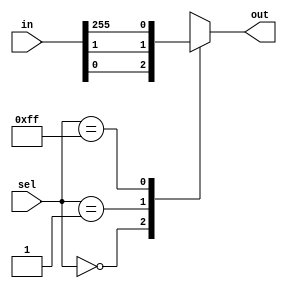
module mux_256to1(input [255:0] in,
				 input [7:0] sel,
				 output reg out);

always @(*) begin
	case(sel)
		8'b00000000: out = in[0];
		8'b00000001: out = in[1];
		// ......
		8'b11111111: out = in[255];
		default: out = 1'bx; // default case for invalid select
	endcase
end

endmodule